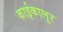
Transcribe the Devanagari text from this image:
काईकालूर